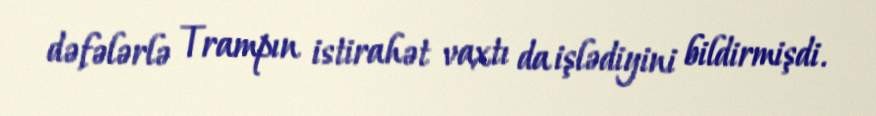
dəfələrlə Trampın istirahət vaxtı da işlədiyini bildirmişdi.